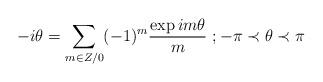
\begin{align*}-i\theta =\sum_{m\in Z/0}(-1)^{m}\frac{\exp im\theta }{m}\textrm{ };-\pi \prec\theta \prec \pi\end{align*}